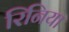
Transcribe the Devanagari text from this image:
रिनिया